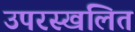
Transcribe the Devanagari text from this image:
उपरस्खलित